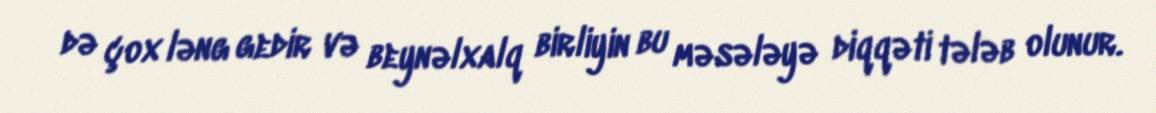
də çox ləng gedir və beynəlxalq birliyin bu məsələyə diqqəti tələb olunur.